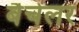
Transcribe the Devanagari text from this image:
बैचेलर